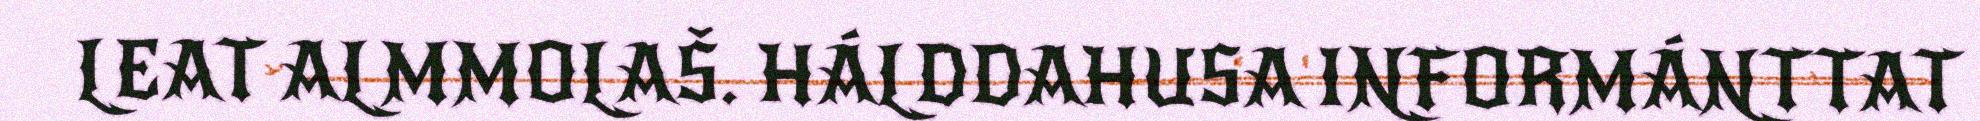
LEAT ALMMOLAŠ. HÁLDDAHUSA INFORMÁNTTAT